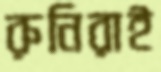
রুনিরাই